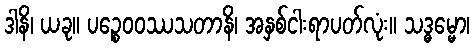
ဒါနိ၊ ယခု။ ပဉ္စေဝဝဿသတာနိ၊ အနှစ်ငါးရာပတ်လုံး။ သဒ္ဓမ္မော၊